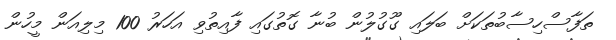
ތަފާސްހިސާބުތަކަށް ބަލައި ގޫގުލުން ބުނާ ގޮތުގައި ފާއިތުވި އަހަރު 100 މިލިއަން މީހުން